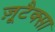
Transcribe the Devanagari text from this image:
ज़ूटैक्सा